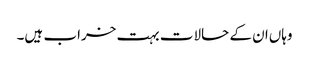
وہاں‌ان کے حالات بہت خراب ہیں۔